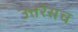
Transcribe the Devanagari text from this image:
उत्तरेसच